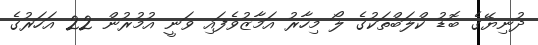
ދުނިޔޭގެ ބޮޑު ކްލަބްތަކުގެ ލޯ މިހާރު އަމާޒުވެފައި ވަނީ އުމުރުން 22 އަހަރުގެ